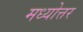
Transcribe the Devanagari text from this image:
मध्योत्तर